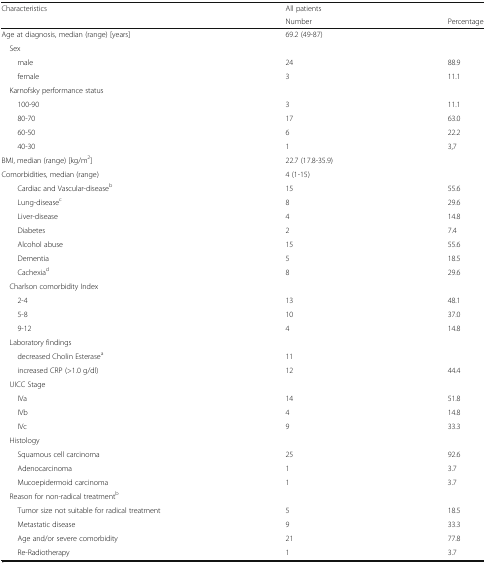
<table><thead><tr><td rowspan="2"><b>Characteristics</b></td><td><b>All patients</b></td><td></td></tr><tr><td><b>Number</b></td><td><b>Percentage</b></td></tr></thead><tbody><tr><td>Age at diagnosis, median (range) [years]</td><td>69.2 (49-87)</td><td></td></tr><tr><td colspan="3"> Sex</td></tr><tr><td>male</td><td>24</td><td>88.9</td></tr><tr><td>female</td><td>3</td><td>11.1</td></tr><tr><td colspan="3"> Karnofsky performance status</td></tr><tr><td>100-90</td><td>3</td><td>11.1</td></tr><tr><td>80-70</td><td>17</td><td>63.0</td></tr><tr><td>60-50</td><td>6</td><td>22.2</td></tr><tr><td>40-30</td><td>1</td><td>3,7</td></tr><tr><td>BMI, median (range) [kg/m<sup>2</sup>]</td><td colspan="2">22.7 (17.8-35.9)</td></tr><tr><td>Comorbidities, median (range)</td><td>4 (1-15)</td><td></td></tr><tr><td>Cardiac and Vascular-disease<sup>b</sup></td><td>15</td><td>55.6</td></tr><tr><td>Lung-disease<sup>c</sup></td><td>8</td><td>29.6</td></tr><tr><td>Liver-disease</td><td>4</td><td>14.8</td></tr><tr><td>Diabetes</td><td>2</td><td>7.4</td></tr><tr><td>Alcohol abuse</td><td>15</td><td>55.6</td></tr><tr><td>Dementia</td><td>5</td><td>18.5</td></tr><tr><td>Cachexia<sup>d</sup></td><td>8</td><td>29.6</td></tr><tr><td colspan="3"> Charlson comorbidity Index</td></tr><tr><td>2-4</td><td>13</td><td>48.1</td></tr><tr><td>5-8</td><td>10</td><td>37.0</td></tr><tr><td>9-12</td><td>4</td><td>14.8</td></tr><tr><td colspan="3"> Laboratory findings</td></tr><tr><td>decreased Cholin Esterase<sup>a</sup></td><td>11</td><td></td></tr><tr><td>increased CRP (&gt;1.0 g/dl)</td><td>12</td><td>44.4</td></tr><tr><td colspan="3"> UICC Stage</td></tr><tr><td>IVa</td><td>14</td><td>51.8</td></tr><tr><td>IVb</td><td>4</td><td>14.8</td></tr><tr><td>IVc</td><td>9</td><td>33.3</td></tr><tr><td colspan="3"> Histology</td></tr><tr><td>Squamous cell carcinoma</td><td>25</td><td>92.6</td></tr><tr><td>Adenocarcinoma</td><td>1</td><td>3.7</td></tr><tr><td>Mucoepidermoid carcinoma</td><td>1</td><td>3.7</td></tr><tr><td colspan="3"> Reason for non-radical treatment<sup>b</sup></td></tr><tr><td>Tumor size not suitable for radical treatment</td><td>5</td><td>18.5</td></tr><tr><td>Metastatic disease</td><td>9</td><td>33.3</td></tr><tr><td>Age and/or severe comorbidity</td><td>21</td><td>77.8</td></tr><tr><td>Re-Radiotherapy</td><td>1</td><td>3.7</td></tr></tbody></table>